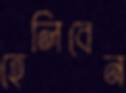
হেলিবেন